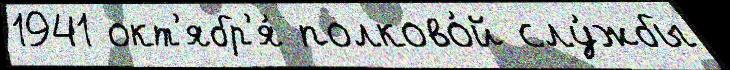
1941 окт'ябр'я́ полково́й слу́жбы